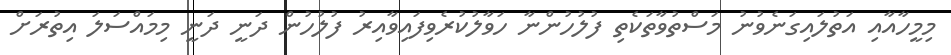
މިމީހާއާއި އަތުލައިގަނެވުނު މަސްތުވާތަކެތި ފުލުހުންނާ ހަވާލުކުރެވިފައިވާއިރު ފުލުހުން ދަނީ ދަނީ މިމައްސަލަ އިތުރަށް